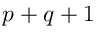
p + q + 1